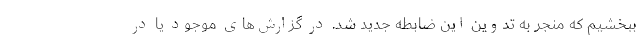
ببخشیم که منجر به تدوین این ضابطه جدید شد. در گزارش‌های موجود یا در